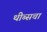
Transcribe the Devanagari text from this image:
थीब्सचा